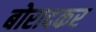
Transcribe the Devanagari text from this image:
बोरादकर